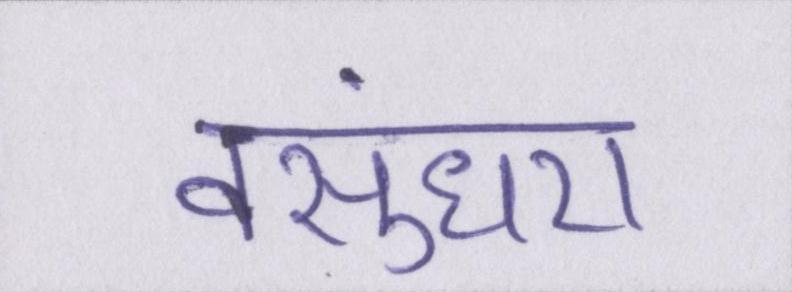
वसुंधरा